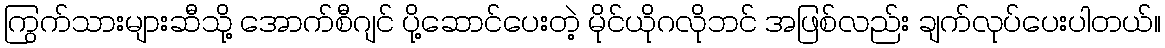
ကြွက်သားများဆီသို့ အောက်စီဂျင် ပို့ဆောင်ပေးတဲ့ မိုင်ယိုဂလိုဘင် အဖြစ်လည်း ချက်လုပ်ပေးပါတယ်။